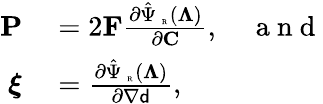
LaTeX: \begin{array}{rl}{\mathbf{P}}&{{}=2\mathbf{F}\frac{\partial\hat{\Psi}_{\mathrm{~\tiny~R~}}(\boldsymbol{\Lambda})}{\partial\mathbf{C}},\quad\mathrm{~a~n~d~}}\\ {\boldsymbol{\xi}}&{{}=\frac{\partial\hat{\Psi}_{\mathrm{~\tiny~R~}}(\boldsymbol{\Lambda})}{\partial\nabla{\mathsf{d}}},}\end{array}